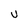
Character: U